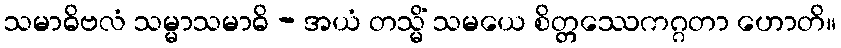
သမာဓိဗလံ သမ္မာသမာဓိ - အယံ တသ္မိံ သမယေ စိတ္တဿေကဂ္ဂတာ ဟောတိ။